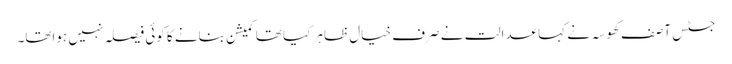
جسٹس آصف کھوسہ نے کہا عدالت نے صرف خیال ظاہر کیا تھا کمیشن بنانے کا کوئی فیصلہ نہیں ہواتھا۔